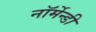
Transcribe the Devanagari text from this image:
नॉर्मेन्डी